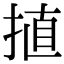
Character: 㨁